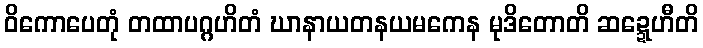
ဝိကောပေတုံ တထာပဂ္ဂဟိတံ ဃာနာယတနယမကေန မုဒိတောတိ ဆဍ္ဍေဟီတိ